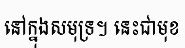
នៅក្នុងសមុទ្រ។ នេះជាមុខ